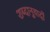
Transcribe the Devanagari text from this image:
शब्दानुवादों